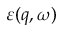
\varepsilon ( q , \omega )